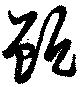
甑